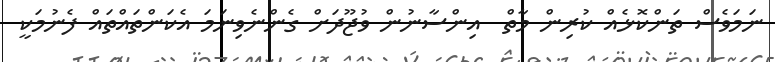
ނަމަވެސް ތަންކޮޅެއް ކުރިން މާތް  އިންސާނުން ވުޖޫދަށް ގެންނެވިނަމަ އެކަންތައްތައް ފެނުމަކީ